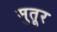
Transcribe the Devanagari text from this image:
मुतूर